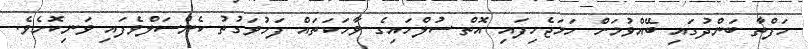
ހަފްތާ ބަންދުގައި ބޭއްވުމަށް ހަމަޖެހިފައި އޮތް ސުލްހައިގެ ވާހަކަތައް ފަހުވަގުތު ކެންސަލްވެފައި ވަނިކޮށެވެ.